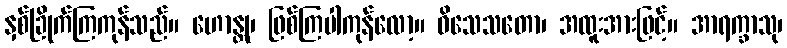
နှစ်ခြိုက်ကြကုန်သည်။ ဟောန္တု၊ ဖြစ်ကြပါကုန်လော့။ ဝိသေသတော၊ အထူးအားဖြင့်။ အာရက္ခာသု၊